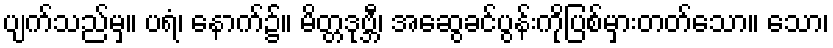
ပျက်သည်မှ။ ပရံ၊ နောက်၌။ မိတ္တဒုဗ္ဘီ၊ အဆွေခင်ပွန်းကိုပြစ်မှားတတ်သော။ သော၊